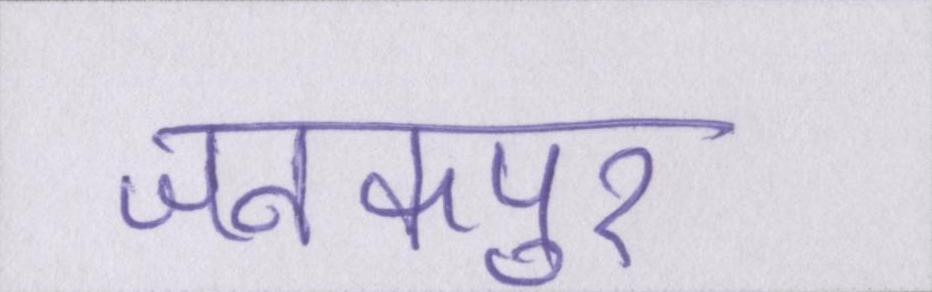
जनकपुर